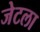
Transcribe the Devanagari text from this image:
जेटला